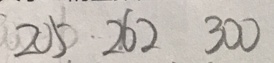
2 0 5 2 6 2 3 0 0